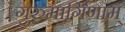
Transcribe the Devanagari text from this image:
गुरुमार्गिणाम्